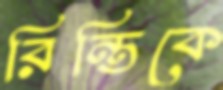
রিন্তিকে